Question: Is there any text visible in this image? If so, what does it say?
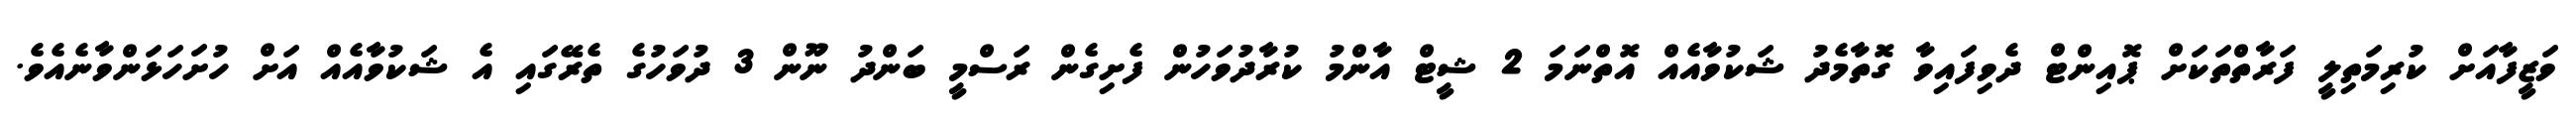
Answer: ވަޒީފާއަށް ކުރިމަތިލީ ފަރާތްތަކަށް ޕޮއިންޓް ދެވިފައިވާ ގޮތާމެދު ޝަކުވާއެއް އޮތްނަމަ 2 ޝީޓް އާންމު ކުރާދުވަހުން ފެށިގެން ރަސްމީ ބަންދު ނޫން 3 ދުވަހުގެ ތެރޭގައި އެ ޝަކުވާއެއް އަށް ހުށަހަޅަންވާނެއެވެ.